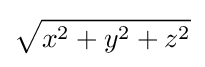
{\sqrt {x^{2}+y^{2}+z^{2}}}